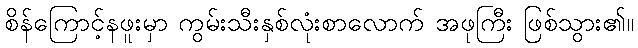
စိန်ကြောင့်နဖူးမှာ ကွမ်းသီးနှစ်လုံးစာလောက် အဖုကြီး ဖြစ်သွား၏။